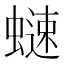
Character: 𧐒